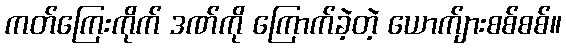
ကတ်ကြေးကိုက် ဒဏ်ကို ကြောက်ခဲ့တဲ့ ယောက်ျားစစ်စစ်။